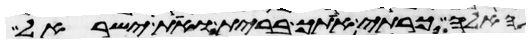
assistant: האלה כרתי אתך ברית ואת ישראל